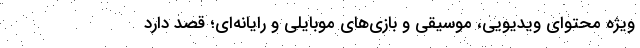
ویژه محتوای ویدیویی، موسیقی و بازی‌های موبایلی و رایانه‌ای؛ قصد دارد